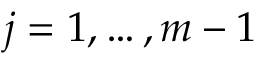
j = 1 , \dotsc , m - 1